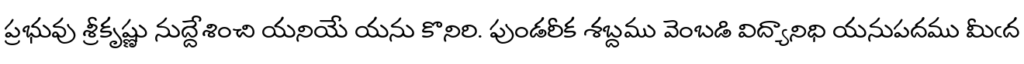
ప్రభువు శ్రీకృష్ణు నుద్దేశించి యనియే యను కొనిరి. పుండరీక శబ్దము వెంబడి విద్యానిధి యనుపదము మీఁద